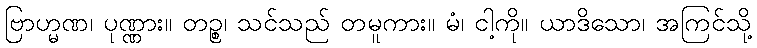
ဗြာဟ္မဏ၊ ပုဏ္ဏား။ တဉ္စ၊ သင်သည် တမူကား။ မံ၊ ငါ့ကို။ ယာဒိသော၊ အကြင်သို့